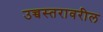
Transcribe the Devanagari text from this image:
उच्चस्तरावरील